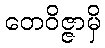
တေဝိဇ္ဇာမှိ